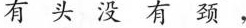
有头没有颈，